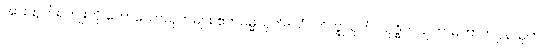
အားထုတ်ရကျိုးကို ဟောသောသုတ်များ ဧကဓမ္မသုတ်-သံ။ ဘိက္ခုသုတ်၊ သုဒ္ဓိကသုတ်၊ မဟာကပ္ပိနသုတ်၊